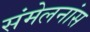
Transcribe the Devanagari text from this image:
संमेलनांस